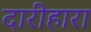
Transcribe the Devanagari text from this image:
दारीहारा